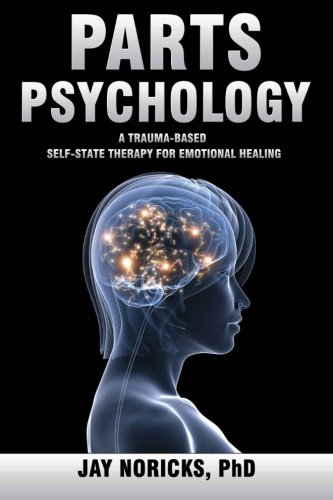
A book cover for Parts Psychology: A Trauma-Based, Self-State Therapy for Emotional Healing; Jay Noricks; Health, Fitness & Dieting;